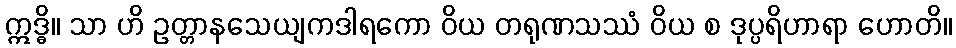
ဣဒ္ဓိ။ သာ ဟိ ဥတ္တာနသေယျကဒါရကော ဝိယ တရုဏသဿံ ဝိယ စ ဒုပ္ပရိဟာရာ ဟောတိ။